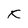
Character: K